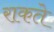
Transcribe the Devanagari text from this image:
राकते